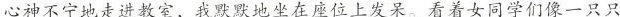
心神不宁地走进教室，我默默地坐在座位上发呆。看着女同学们像一只只